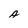
Character: A